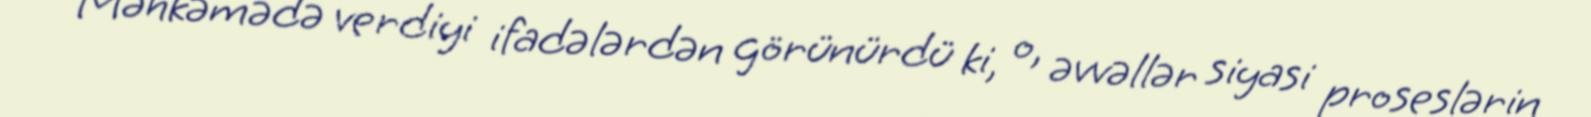
Məhkəmədə verdiyi ifadələrdən görünürdü ki, o, əvvəllər siyasi proseslərin